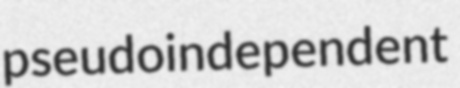
pseudoindependent